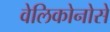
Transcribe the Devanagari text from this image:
वेलिकोनोसे